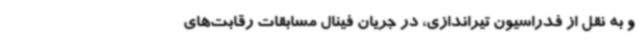
و به نقل از فدراسیون تیراندازی، در جریان فینال مسابقات رقابت‌های